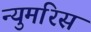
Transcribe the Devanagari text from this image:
न्युमरिस